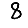
Digit: 8